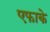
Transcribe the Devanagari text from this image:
एफाके